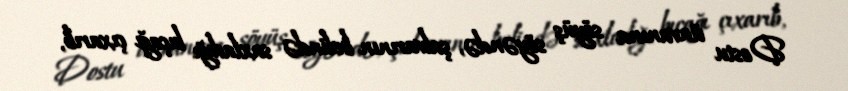
Dostu ünvanına söyüş söyəndə, şalvarının belində saxladığı bıçağı çıxarıb,